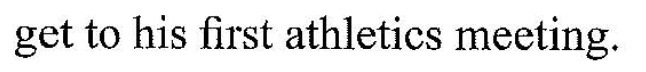
get to his first athletics meeting.